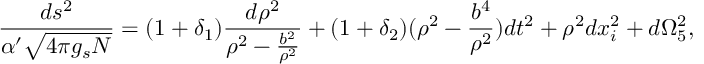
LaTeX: \frac { d s ^ { 2 } } { \alpha ^ { \prime } \sqrt { 4 \pi g _ { s } N } } = ( 1 + \delta _ { 1 } ) \frac { d \rho ^ { 2 } } { \rho ^ { 2 } - \frac { b ^ { 2 } } { \rho ^ { 2 } } } + ( 1 + \delta _ { 2 } ) ( \rho ^ { 2 } - \frac { b ^ { 4 } } { \rho ^ { 2 } } ) d t ^ { 2 } + \rho ^ { 2 } d x _ { i } ^ { 2 } + d \Omega _ { 5 } ^ { 2 } ,